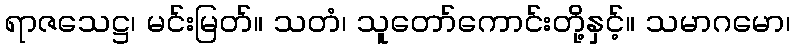
ရာဇသေဋ္ဌ၊ မင်းမြတ်။ သတံ၊ သူတော်ကောင်းတို့နှင့်။ သမာဂမော၊